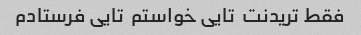
فقط تریدنت  تایی خواستم  تایی فرستادم